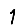
Digit: 1